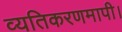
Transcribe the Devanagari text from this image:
व्यतिकरणमापी।